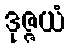
ဒုဇ္ဇယံ